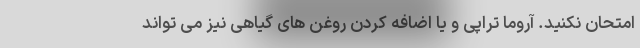
امتحان نکنید. آروما تراپی و یا اضافه کردن روغن های گیاهی نیز می تواند